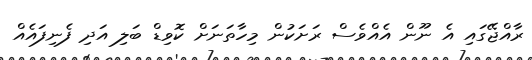
ރާއްޖޭގައި އެ ނޫން އެއްވެސް ރަށަކުން މިހާތަނަށް ކޮވިޑް ބަލި އަދި ފެނިފައެއް